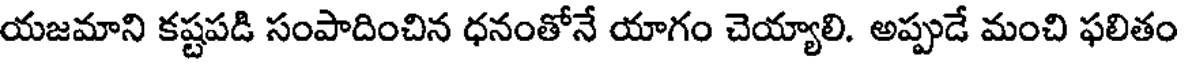
యజమాని కష్టపడి సంపాదించిన ధనంతోనే యాగం చెయ్యాలి. అప్పుడే మంచి ఫలితం